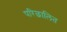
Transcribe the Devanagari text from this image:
परिछालित